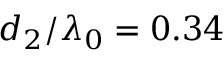
d _ { 2 } / \lambda _ { 0 } = 0 . 3 4